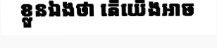
ខ្លួនឯងថា តើយើងអាច